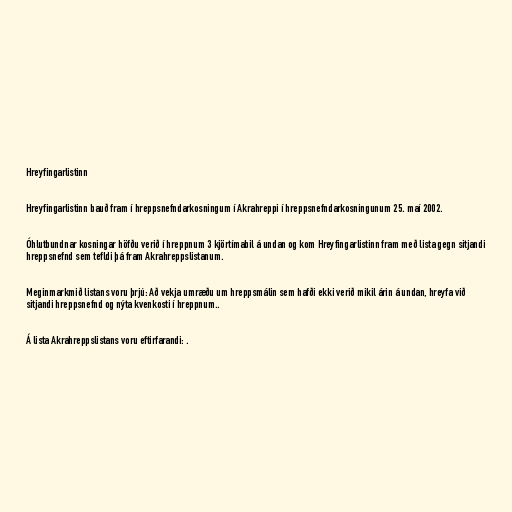
Hreyfingarlistinn

Hreyfingarlistinn bauð fram í hreppsnefndarkosningum í Akrahreppi í hreppsnefndarkosningunum 25. maí 2002.

Óhlutbundnar kosningar höfðu verið í hreppnum 3 kjörtímabil á undan og kom Hreyfingarlistinn fram með lista gegn sitjandi
hreppsnefnd sem tefldi þá fram Akrahreppslistanum.

Meginmarkmið listans voru þrjú: Að vekja umræðu um hreppsmálin sem hafði ekki verið mikil árin á undan, hreyfa við
sitjandi hreppsnefnd og nýta kvenkosti í hreppnum..

Á lista Akrahreppslistans voru eftirfarandi: .